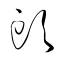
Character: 頭